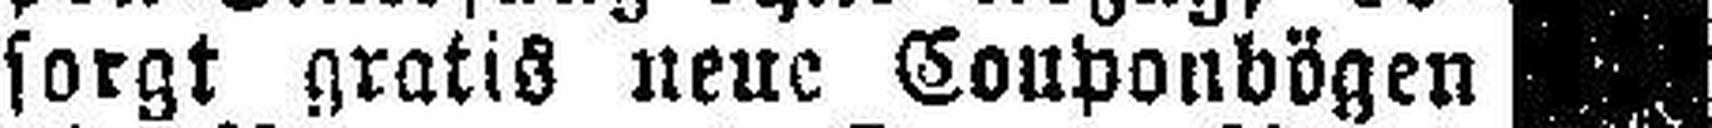
sorgt gratis neue Couponbögen